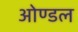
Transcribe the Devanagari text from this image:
ओण्डल